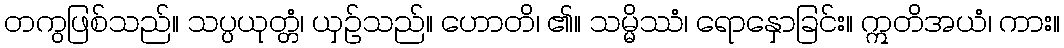
တကွဖြစ်သည်။ သပ္ပယုတ္တံ၊ ယှဉ်သည်။ ဟောတိ၊ ၏။ သမ္မိဿံ၊ ရောနှောခြင်း။ ဣတိအယံ၊ ကား။